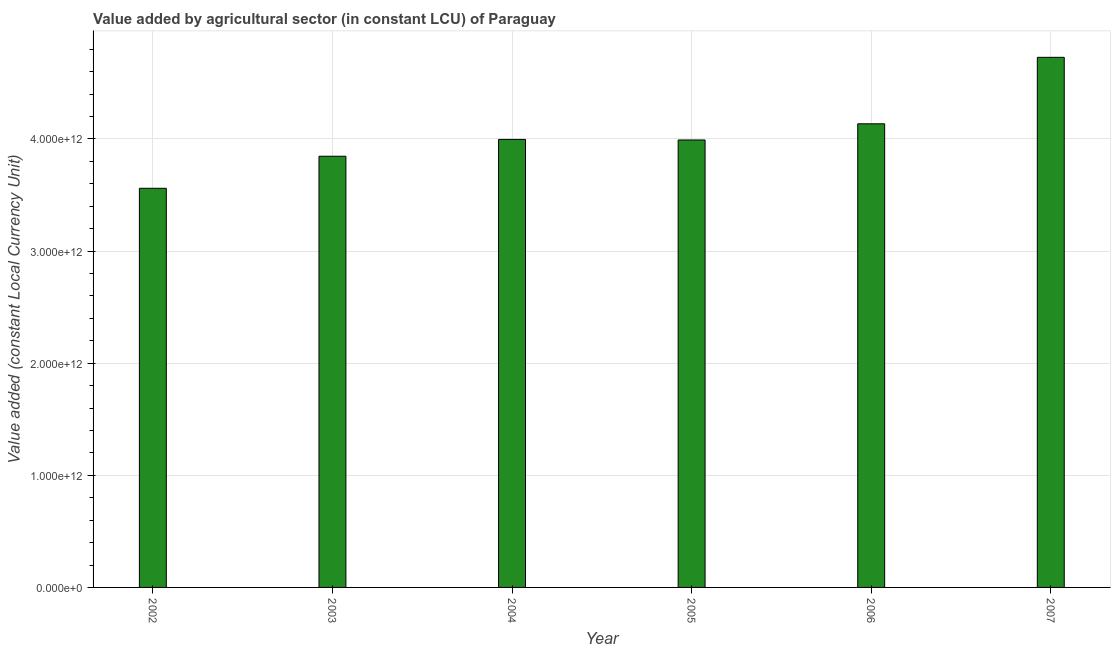
| Year | Agriculture |
 | --- | --- |
 | 2002 | 3.56e+12 |
 | 2003 | 3.85e+12 |
 | 2004 | 4e+12 |
 | 2005 | 3.99e+12 |
 | 2006 | 4.13e+12 |
 | 2007 | 4.73e+12 |